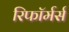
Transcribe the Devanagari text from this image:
रिफॉर्मर्स